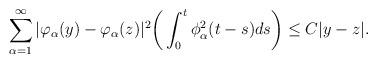
LaTeX: \begin{align*} \sum_{\alpha=1}^\infty |\varphi_\alpha(y)-\varphi_\alpha(z)|^2 \bigg( \int_0^t \phi_\alpha^2(t-s)ds \bigg)\le C |y-z|.\end{align*}